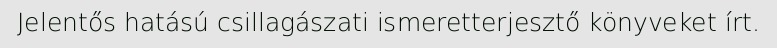
Jelentős hatású csillagászati ismeretterjesztő könyveket írt.